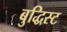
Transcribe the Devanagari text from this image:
बुद्धिस्ट